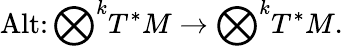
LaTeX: \operatorname{Alt}\colon{\bigotimes}^{k}T^{*}M\to{\bigotimes}^{k}T^{*}M.